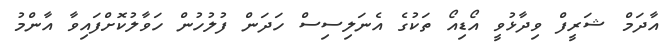
އާދަމް ޝަރީފް ވިދާޅުވީ އޯޑިއޯ ތަކުގެ އެނަލިސިސް ހަދަން ފުލުހުން ހަވާލުކޮށްފައިވާ އާންމު